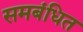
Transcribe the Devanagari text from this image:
समबंधित